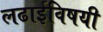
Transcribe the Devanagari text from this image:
लढाईविषयी